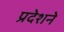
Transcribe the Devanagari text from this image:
प्रदेशने